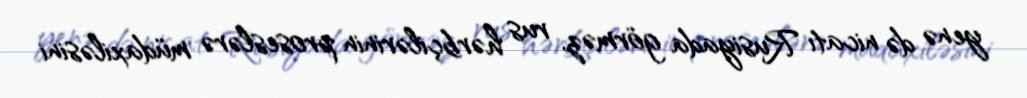
yenə də nicatı Rusiyada görməz, rus hərbçilərinin proseslərə müdaxiləsini